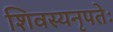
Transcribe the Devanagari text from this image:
शिवस्यनृपतेः